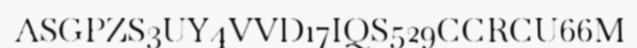
ASGPZS3UY4VVD17IQS529CCRCU66M